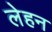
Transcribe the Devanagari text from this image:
लेहन